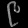
Digit: ၉